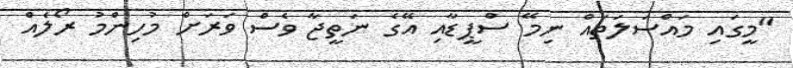
"މީގައި މައްސަލަތައް ނިމޭ ސްޕީޑާއި އޭގެ ނަތީޖާ ވެސް ވަރަށް މުހިންމު ރޯލެއް